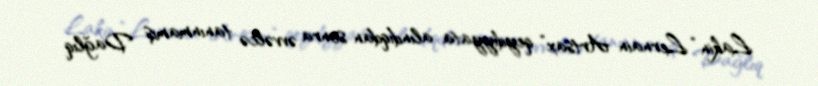
Lakin “Lernain Artsax” qeydiyyata alındıqdan sonra əvvəlcə tanınmamış Dağlıq